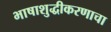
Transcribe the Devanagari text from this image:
भाषाशुद्धीकरणाचा